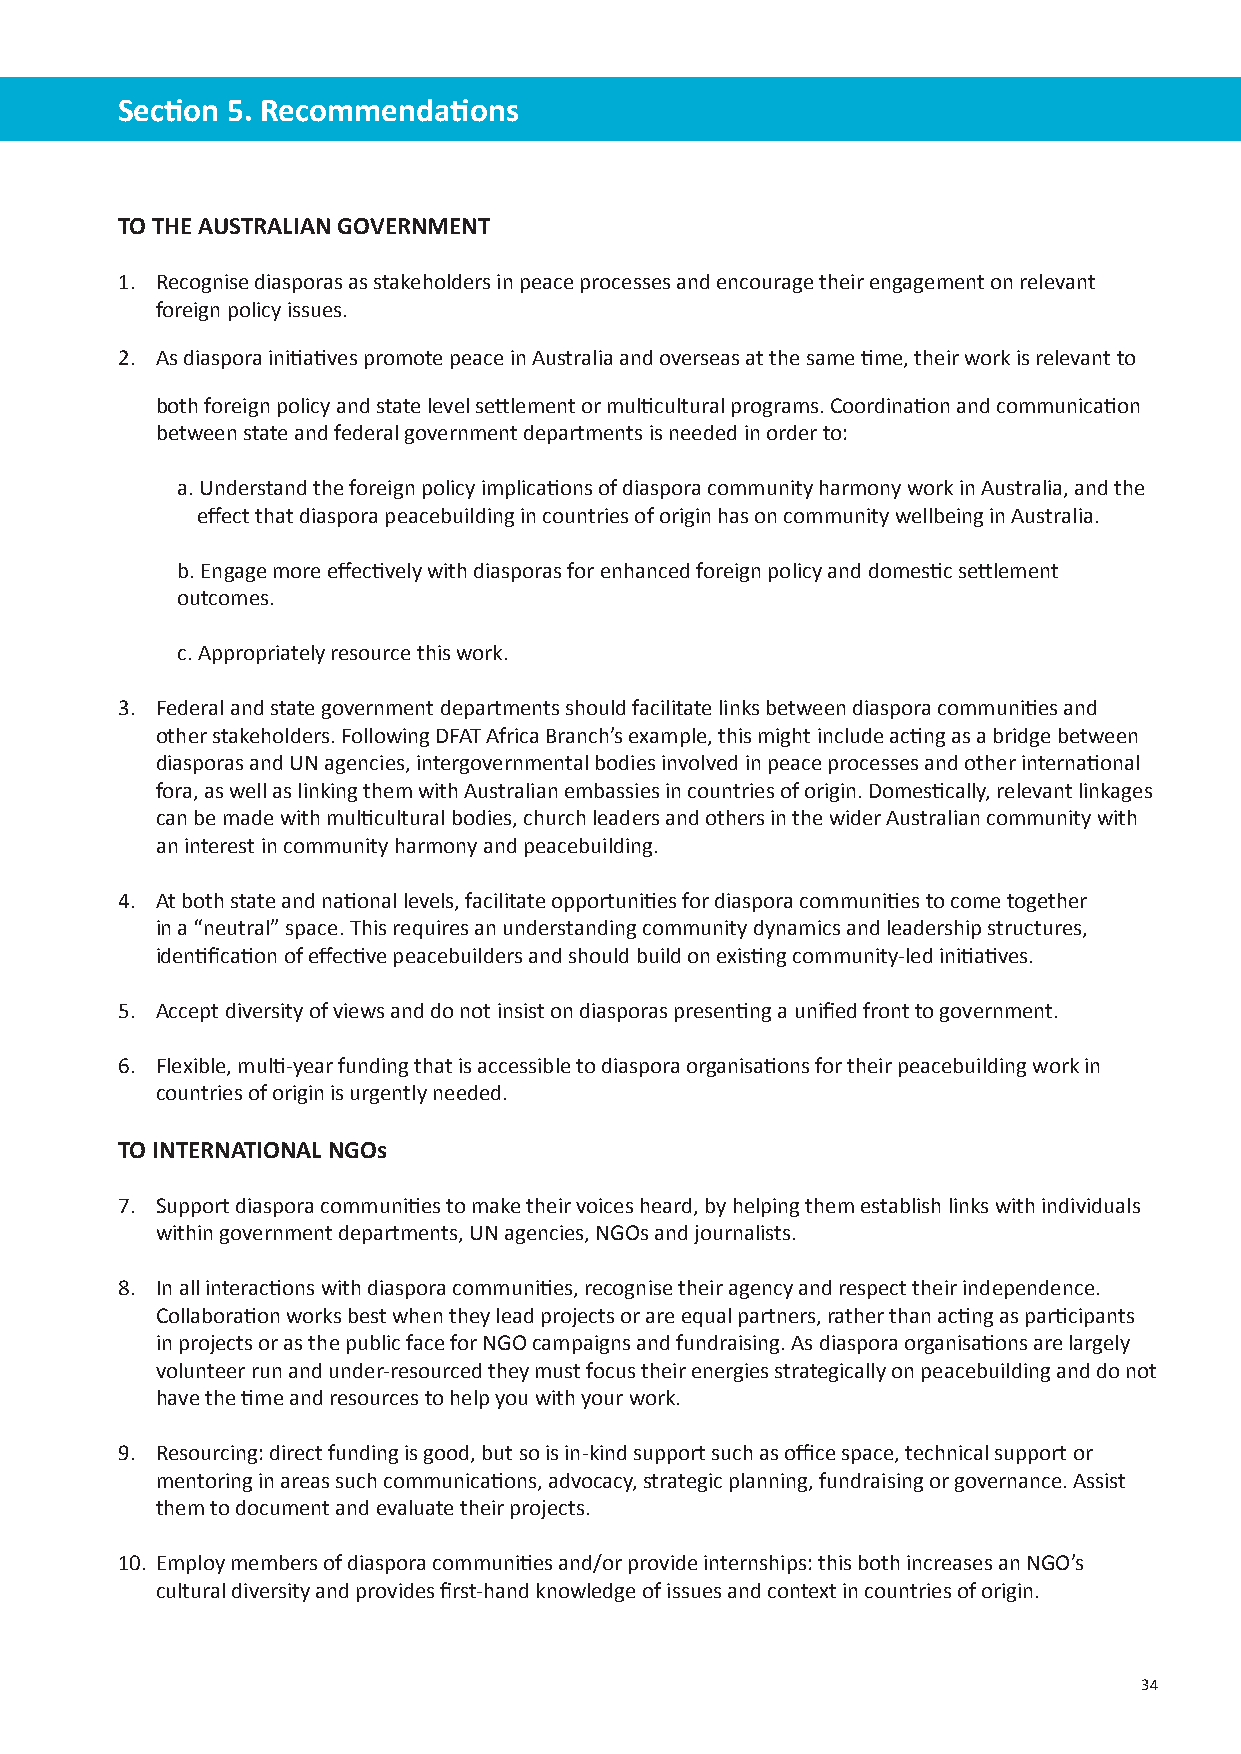
Section 5. Recommendations
 TO THE AUSTRALIAN GOVERNMENT
 1. Recognise diasporas as stakeholders in peace processes and encourage their engagement on relevant
 foreign policy issues.
 2. As diaspora initiatives promote peace in Australia and overseas at the same time, their work is relevant to
 both foreign policy and state level settlement or multicultural programs. Coordination and communication
 between state and federal government departments is needed in order to:
 a. Understand the foreign policy implications of diaspora community harmony work in Australia, and the
 effect that diaspora peacebuilding in countries of origin has on community wellbeing in Australia.
 b. Engage more effectively with diasporas for enhanced foreign policy and domestic settlement
 outcomes.
 c. Appropriately resource this work.
 3. Federal and state government departments should facilitate links between diaspora communities and
 other stakeholders. Following DFAT Africa Branch’s example, this might include acting as a bridge between
 diasporas and UN agencies, intergovernmental bodies involved in peace processes and other international
 fora, as well as linking them with Australian embassies in countries of origin. Domestically, relevant linkages
 can be made with multicultural bodies, church leaders and others in the wider Australian community with
 an interest in community harmony and peacebuilding.
 4. At both state and national levels, facilitate opportunities for diaspora communities to come together
 in a “neutral” space. This requires an understanding community dynamics and leadership structures,
 identification of effective peacebuilders and should build on existing community-led initiatives.
 5. Accept diversity of views and do not insist on diasporas presenting a unified front to government.
 6. Flexible, multi-year funding that is accessible to diaspora organisations for their peacebuilding work in
 countries of origin is urgently needed.
 TO INTERNATIONAL NGOs
 7. Support diaspora communities to make their voices heard, by helping them establish links with individuals
 within government departments, UN agencies, NGOs and journalists.
 8. In all interactions with diaspora communities, recognise their agency and respect their independence.
 Collaboration works best when they lead projects or are equal partners, rather than acting as participants
 in projects or as the public face for NGO campaigns and fundraising. As diaspora organisations are largely
 volunteer run and under-resourced they must focus their energies strategically on peacebuilding and do not
 have the time and resources to help you with your work.
 9. Resourcing: direct funding is good, but so is in-kind support such as office space, technical support or
 mentoring in areas such communications, advocacy, strategic planning, fundraising or governance. Assist
 them to document and evaluate their projects.
 10. Employ members of diaspora communities and/or provide internships: this both increases an NGO’s
 cultural diversity and provides first-hand knowledge of issues and context in countries of origin.
 34